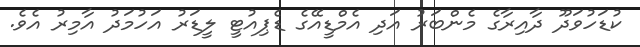
ކުޑަހުވަދޫ ދާއިރާގެ މެންބަރު އަދި އެމްޑީއޭގެ ޑެޕިއުޓީ ލީޑަރު އަހުމަދު އާމިރު އެވެ.